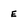
Character: E